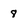
Character: 8